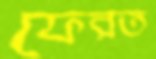
ফেরত